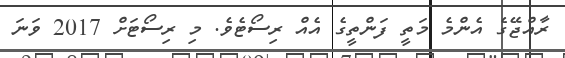
ރާއްޖޭގެ އެންމެ މަތީ ފަންތީގެ އެއް ރިސޯޓެވެ. މި ރިސޯޓަށް 2017 ވަނަ